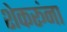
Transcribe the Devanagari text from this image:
शेकरूंना